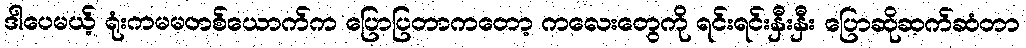
ဒါပေမယ့် ရုံးကမမတစ်ယောက်က ပြောပြတာကတော့ ကလေးတွေကို ရင်းရင်းနှီးနှီး ပြောဆိုဆက်ဆံတာ